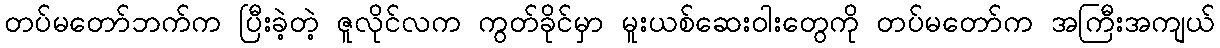
တပ်မတော်ဘက်က ပြီးခဲ့တဲ့ ဇူလိုင်လက ကွတ်ခိုင်မှာ မူးယစ်ဆေးဝါးတွေကို တပ်မတော်က အကြီးအကျယ်